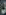
ال